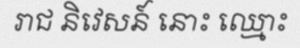
រាជ និវេសន៍ នោះ ឈ្មោះ